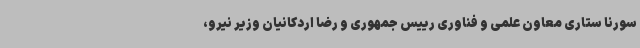
سورنا ستاری معاون علمی و فناوری رییس جمهوری و رضا اردکانیان وزیر نیرو،